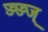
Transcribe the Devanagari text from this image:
ज्ज्ज्ज्ज्